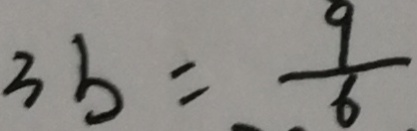
3 b = \frac { 9 } { 6 }